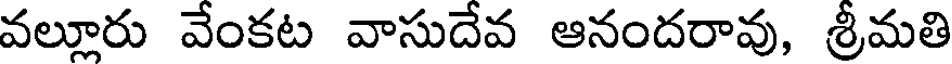
వల్లూరు వేంకట వాసుదేవ ఆనందరావు, శ్రీమతి